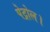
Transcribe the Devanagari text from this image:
पेट्रोल।